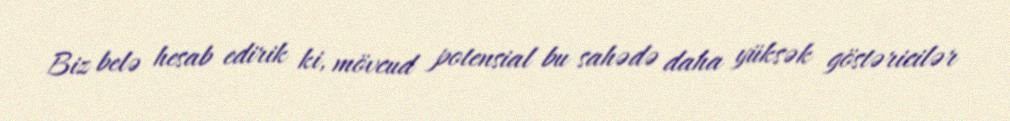
Biz belə hesab edirik ki, mövcud potensial bu sahədə daha yüksək göstəricilər